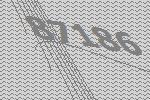
87186